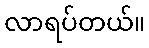
လာရပ်တယ်။